Report of the Indian Hemp Drugs Commission, 1894-1895 - Volume V
Year: 1894
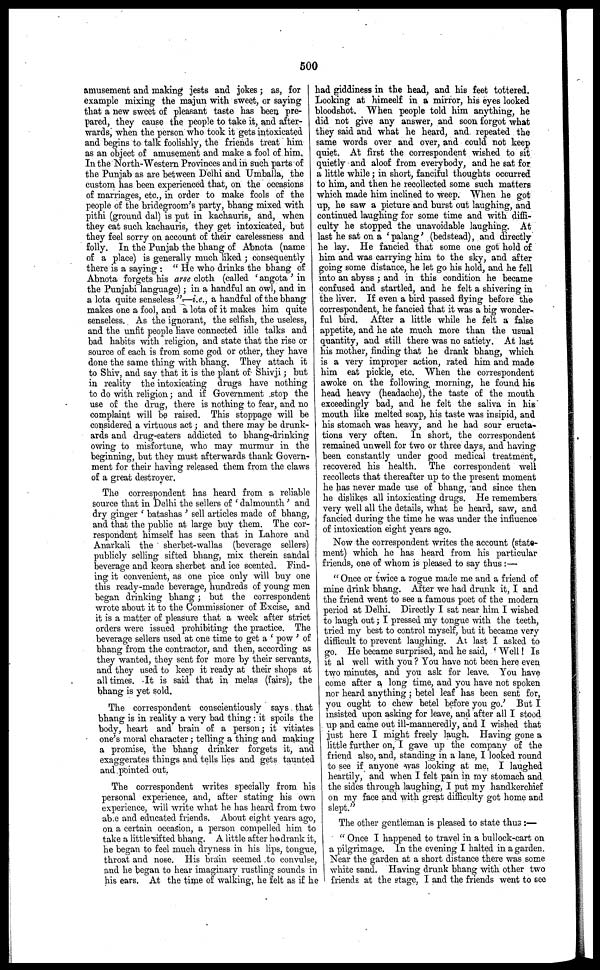
600
amusement and making jests and jokes ; as, for
example mixing the majun with sweet, or saying
that a new sweet of pleasant taste has been pre-
pared, they cause the people to take it, and after-
wards, when the person who took it gets intoxicated
and begins to talk foolishly, the friends treat him
as an object of amusement and make a fool of him.
In the North-Western Provinces and in such parts of
the Punjab as are between Delhi and Umballa, the
custom has been experienced that, on the occasions
of marriages, etc., in order to make fools of the
people of the bridegroom's party, bhang mixed with
pithi (ground dal) is put in kachauris, and, when
they eat such kachauris, they get intoxicated, but
they feel sorry on account of their carelessness and
folly. In the Punjab the bhang of Abnota (name
of a place) is generally much liked ; consequently
there is a saying : " He who drinks the bhang of
Abnota forgets his arse cloth (called ' angota ' in
the Punjabi language) ; in a handful an owl, and in
a lota quite senseless "—i.e., a handful of the bhang
makes one a fool, and a lota of it makes him quite
senseless. As the ignorant, the selfish, the useless,
and the unfit people have connected idle talks and
bad habits with religion, and state that the rise or
source of each is from some god or other, they have
done the same thing with bhang. They attach it
to Shiv, and say that it is the plant of Shivji; but
in reality the intoxicating drugs have nothing
to do with religion; and if Government stop the
use of the drug, there is nothing to fear, and no
complaint will bo raised. This stoppage will be
considered a virtuous act; and there may be drunk-
ards and drug-eaters addicted to bhang-drinking
owing to misfortune, who may murmur in the
beginning, but they must afterwards thank Govern-
ment for their having released them from the claws
of a great destroyer.
The correspondent has heard from a reliable
source that in Delhi the sellers of ' dalmounth ' and
dry ginger ' batashas ' sell articles made of bhang,
and that the public at. large buy them. The cor-
respondent himself has seen that in Lahore and
Anavkali the sherbet-wallas (beverage sellers)
publicly selling sifted bhang, mix therein sandal
beverage and keora sherbet and ice scented. Find-
ing it convenient, as one pice only will buy one
this ready-made beverage, hundreds of young men
began drinking bhang ; but the correspondent
wrote about it to the Commissioner of Excise, and
it is a matter of pleasure that a week after strict
orders were issued prohibiting the practice. The
beverage sellers used at one time to get a ' pow ' of
bhang from the contractor, and then, according as
they wanted, they sent for more by their servants,
and they used to keep it ready at their shops at
all times. It is said that in melas (fairs), the
bhang is yet sold.
The correspondent conscientiously says that
bhang is in reality a very bad thing : it spoils the
body, heart and brain of a person; it vitiates
one's moral character ; telling a thing and making
a promise, the bhang drinker forgets it, and
exaggerates things and tells lies and gets taunted
and pointed out.
The correspondent writes specially from his
personal experience, and, after stating his own
experience, will write what he has heard from two
able and educated friends. About eight years ago,
on a certain occasion, a person compelled him to
take a little sifted bhang. A little after hedrank it,
he began to feel much dryness in his lips, tongue,
throat and nose. His brain seemed to convulse,
and he began to hear imaginary rustling sounds in
his ears. At the time of walking, he felt as if he
had giddiness in the head, and his feet tottered.
Looking at himeelf in a mirror, his eyes looked
bloodshot. When people told him anything, he
did not give any answer, and soon forgot what
they said and what he heard, and repeated the
same words over and over, and could not keep
quiet. At first the correspondent wished to sit
quietly and aloof from everybody, and he sat for
a little while; in short, fanciful thoughts occurred
to him, and then he recollected some such matters
which made him inclined to weep. When he got
up, he saw a picture and burst out laughing, and
continued laughing for some time and with diffi-
culty he stopped the unavoidable laughing. At
last he sat on a 'palang' (bedstead), and directly
he lay. He fancied that some one got hold of
him and was carrying him to the sky, and after
going some distance, he let go his hold, and he fell
into an abyss ; and in this condition he became
confused and startled, and he felt a shivering in
the liver. If even a bird passed flying before the
correspondent, he fancied that it was a big wonder-
ful bird. After a little while he felt a false
appetite, and he ate much more than the usual
quantity, and still there was no satiety. At last
his mother, finding that he drank bhang, which
is a very improper action, rated him and made
him eat pickle, etc. When the correspondent
awoke on the following morning, he found his
head heavy (headache), the taste of the mouth
exceedingly bad, and he felt the saliva in his
mouth like melted soap, his taste was insipid, and
his stomach was heavy, and he had sour eructa-
tions very often. In short, the correspondent
remained unwell for two or three days, and having
been constantly under good medical treatment,
recovered his health. The correspondent well
recollects that thereafter up to the present moment
he has never made use of bhang, and since then
he dislikes all intoxicating drugs. He remembers
very well all the details, what he heard, saw, and
fancied during the time he was under the influence
of intoxication eight years ago.
Now the correspondent writes the account (state-
ment) which he has heard from his particular
friends, one of whom is pleased to say thus :—
" Once or twice a rogue made me and a friend of
mine drink bhang. After we had drunk it, I and
the friend went to see a famous poet of the modern
period at Delhi. Directly I sat near him I wished
to laugh out; I pressed my tongue with the teeth,
tried my best to control myself, but it became very
difficult to prevent laughing. At last I asked to
go. He became surprised, and he said, ' Well! Is
it al well with you? You have not been here even
two minutes, and you ask for leave. You have
come after a long time, and you have not spoken
nor heard anything; betel leaf has been sent for,
you ought to chew betel before you go.' But I
insisted upon asking for leave, and after all I stood
up and came out ill-manneredly, and I wished that
just here I might freely laugh. Having gone a
little further on, I gave up the company of the
friend also, and, standing in a lane, I looked round
to see if anyone was looking at me. I laughed
heartily, and when I felt pain in my stomach and
the sides through laughing, I put my handkerchief
on my face and with great difficulty got home and
slept."
The other gentleman is pleased to state thus :—
" Once I happened to travel in a bullock-cart on
a pilgrimage. In the evening I halted in a garden.
Near the garden at a short distance there was some
white sand. Having drunk bhang with other two
friends at the stage, I and the friends went to sec